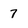
Character: 7